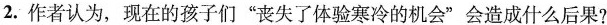
2.作者认为，现在的孩子们”丧失了体验寒冷的机会”会造成什么后果?